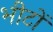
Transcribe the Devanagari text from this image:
भीटों